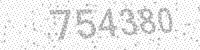
Solution: 754380